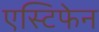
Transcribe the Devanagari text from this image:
एस्टिफेन